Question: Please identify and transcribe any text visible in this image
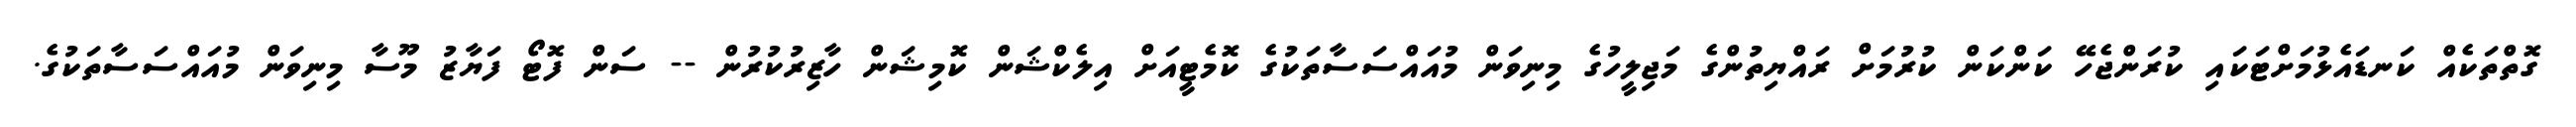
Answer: ގޮތްތަކެއް ކަނޑައެޅުމަށްޓަކައި ކުރަންޖެހޭ ކަންކަން ކުރުމަށް ރައްޔިތުންގެ މަޖިލީހުގެ މިނިވަން މުއައްސަސާތަކުގެ ކޮމެޓީއަށް އިލެކްޝަން ކޮމިޝަން ހާޒިރުކުރުން -- ސަން ފޮޓޯ ފަޔާޒު މޫސާ މިނިވަން މުއައްސަސާތަކުގެ.